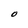
Character: O